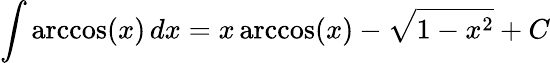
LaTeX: \int\operatorname{arccos}(x)\, dx=x\operatorname{arccos}(x)-{\sqrt{1-x^{2}}}+C